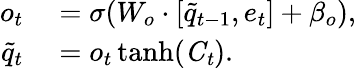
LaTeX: \begin{array}{rl}{o_{t}}&{{}=\sigma(W_{o}\cdot[\tilde{q}_{t-1},e_{t}]+\beta_{o}),}\\ {{\tilde{q}}_{t}}&{{}=o_{t}\operatorname{tanh}(\mathit{C_{t}}).}\end{array}